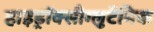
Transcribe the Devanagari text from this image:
हाइड्रॉक्सीग्लुटैमिक